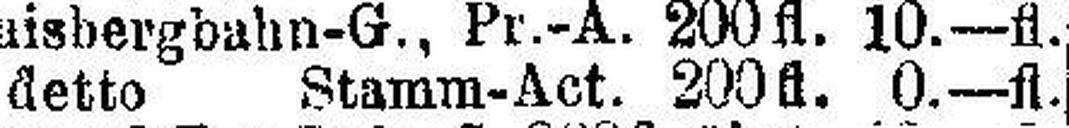
detto Stamm-Act. 200 fl. 0.—fl.